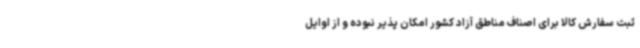
ثبت سفارش کالا برای اصناف مناطق آزاد کشور امکان پذیر نبوده و از اوایل